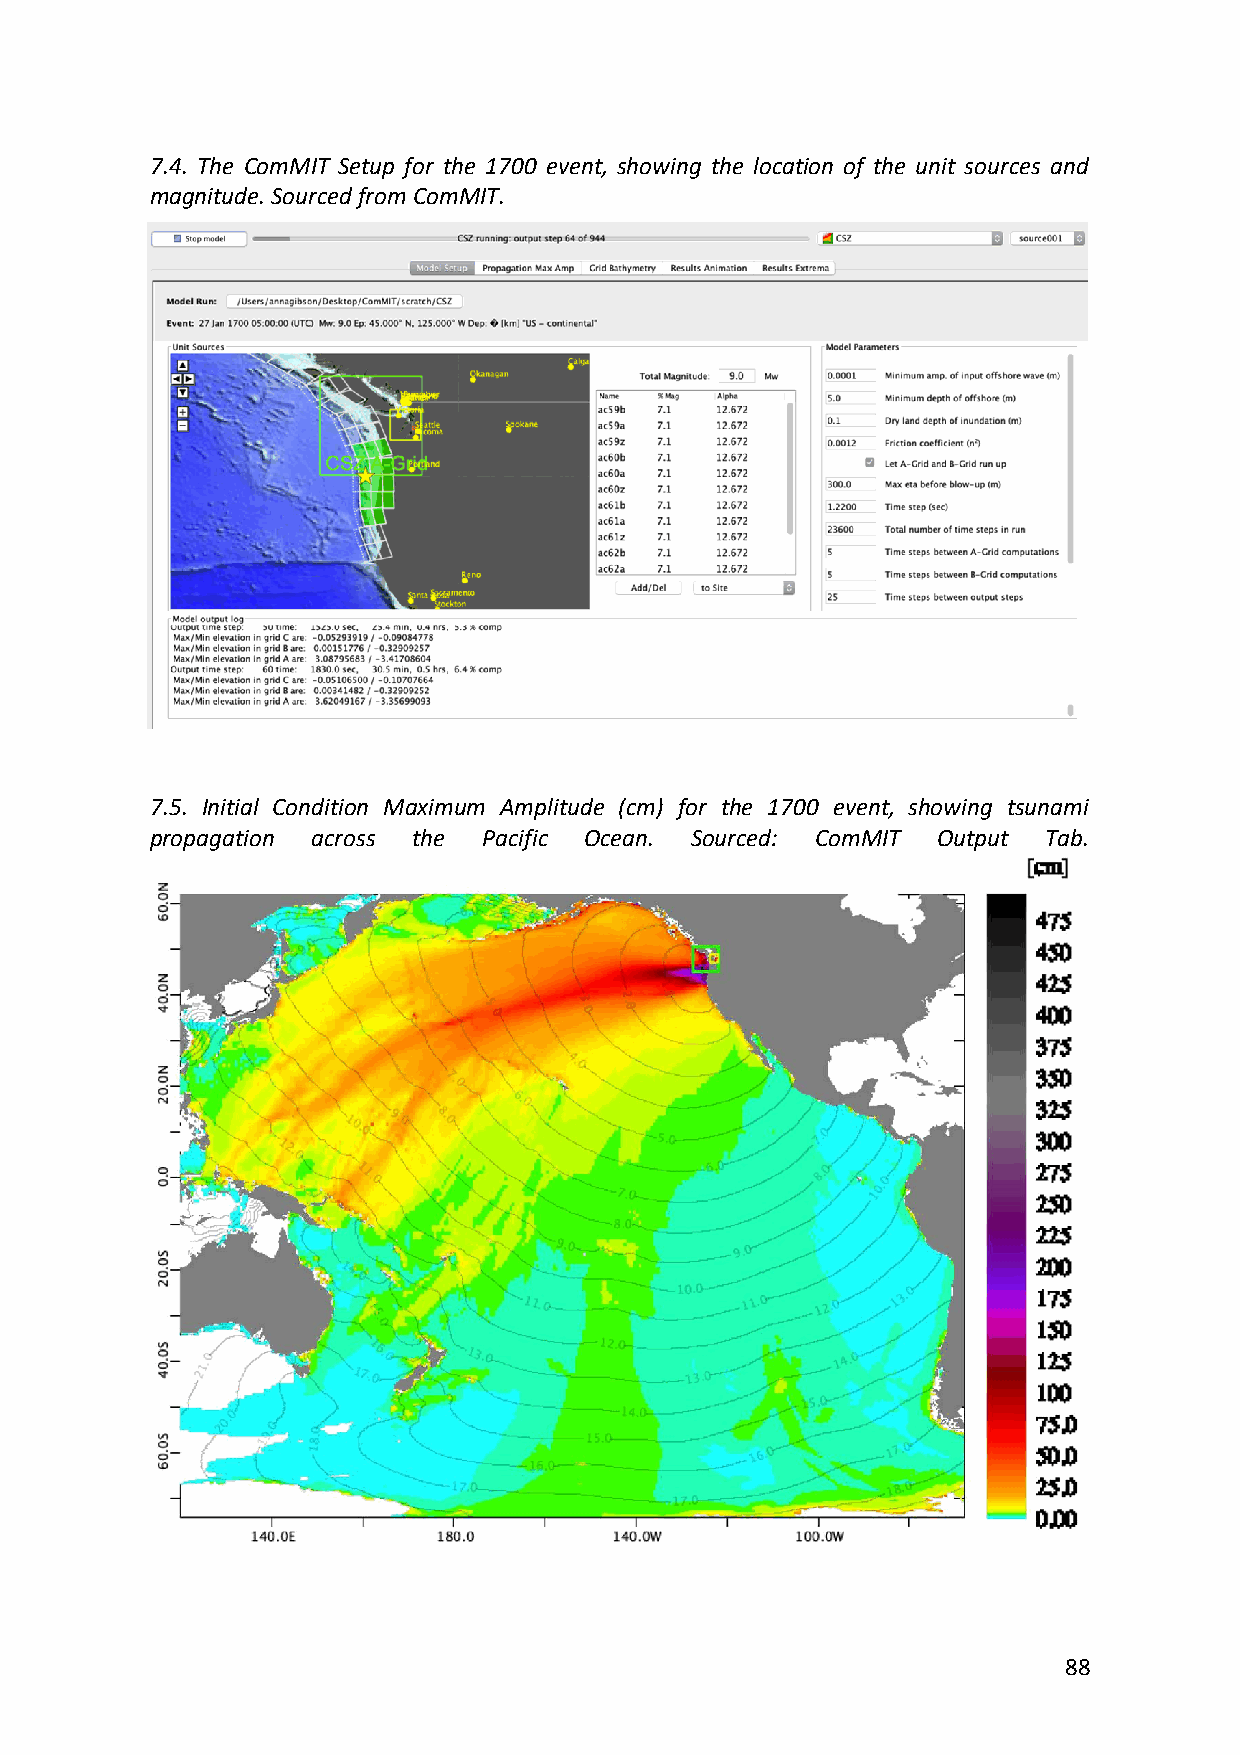
7.4. The ComMIT Setup for the 1700 event, showing the location of the unit sources and
 magnitude. Sourced from ComMIT.
 7.5. Initial Condition Maximum Amplitude (cm) for the 1700 event, showing tsunami
 propagation across the Pacific Ocean. Sourced: ComMIT Output Tab.
 88